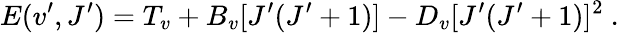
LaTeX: E(v^{\prime},J^{\prime})=T_{v}+B_{v}[J^{\prime}(J^{\prime}+1)]-D_{v}[J^{\prime}(J^{\prime}+1)]^{2}\mathrm{~.~}